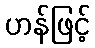
ဟန်ဖြင့်